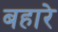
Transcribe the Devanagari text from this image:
बहारे